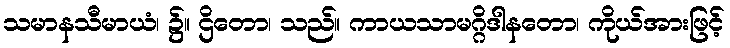
သမာနသီမာယံ၊ ၌။ ဌိတော၊ သည်။ ကာယသာမဂ္ဂိဒါနတော၊ ကိုယ်အားဖြင့်